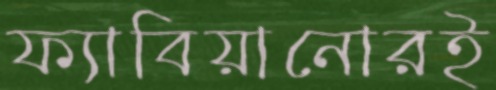
ফ্যাবিয়ানোরই